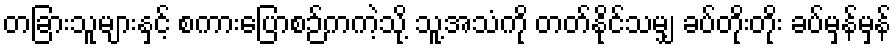
တခြားသူများနှင့် စကားပြောစဉ်ကကဲ့သို့ သူ့အသံကို တတ်နိုင်သမျှ ခပ်တိုးတိုး ခပ်မှန်မှန်